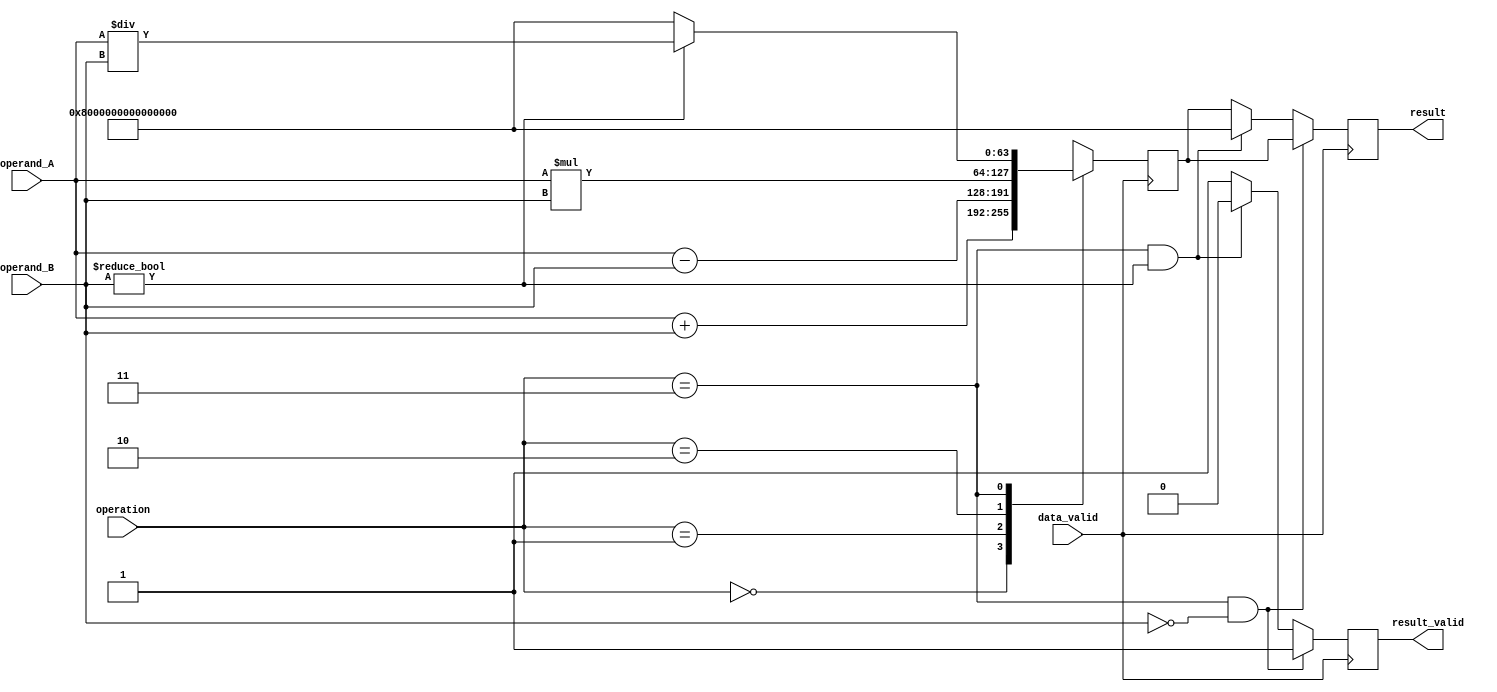
module double_precision_float_unit (
    input wire data_valid,
    input wire [63:0] operand_A,
    input wire [63:0] operand_B,
    input wire [1:0] operation,
    output reg result_valid,
    output reg [63:0] result
);

reg [63:0] intermediate_result;

always @ (posedge data_valid) begin
    case (operation)
        2'b00: intermediate_result = operand_A + operand_B; // Addition operation
        2'b01: intermediate_result = operand_A - operand_B; // Subtraction operation
        2'b10: intermediate_result = operand_A * operand_B; // Multiplication operation
        2'b11: begin
            if (operand_B != 0) begin
                intermediate_result = operand_A / operand_B; // Division operation
            end else begin
                intermediate_result = 64'h8000000000000000; // Handle division by zero
            end
        end
    endcase
end

always @ (posedge data_valid) begin
    if (operation == 2'b11 && operand_B == 0) begin
        result_valid = 1'b1;
        result = intermediate_result;
    end else if (operation == 2'b11 && operand_B != 0) begin
        result_valid = 1'b0;
        result = 64'h8000000000000000; // Handle division by zero
    end else begin
        result_valid = 1'b1;
        result = intermediate_result;
    end
end

endmodule